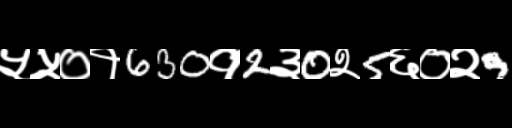
Text: ५५०१630१2३0२5६०२9